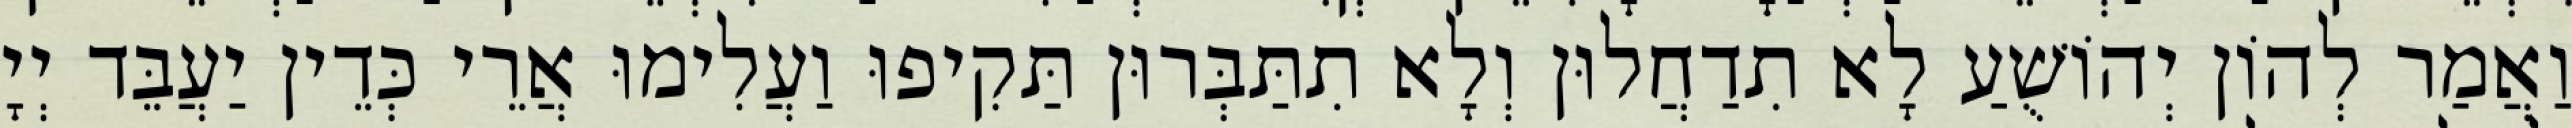
וַאֲמַר לְהוֹן יְהוֹשֻׁעַ לָא תִדַחֲלוּן וְלָא תִתַּבְּרוּן תַּקִיפוּ וַעֲלִימוּ אֲרֵי כְּדֵין יַעֲבֵּד יְיָ